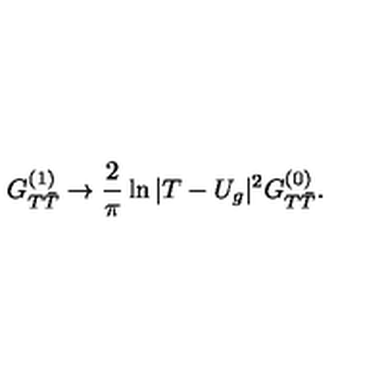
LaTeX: G _ { T { \bar { T } } } ^ { ( 1 ) } \rightarrow \frac { 2 } { \pi } \ln | T - U _ { g } | ^ { 2 } G _ { T { \bar { T } } } ^ { ( 0 ) } .